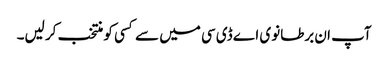
آپ ان برطانوی اے ڈی سی میں سے کسی کو منتخب کر لیں۔